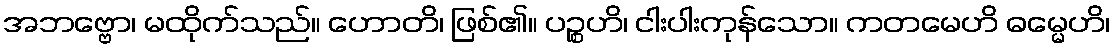
အဘဗ္ဗော၊ မထိုက်သည်။ ဟောတိ၊ ဖြစ်၏။ ပဉ္စဟိ၊ ငါးပါးကုန်သော။ ကတမေဟိ ဓမ္မေဟိ၊